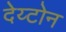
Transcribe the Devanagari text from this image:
देय्टोन